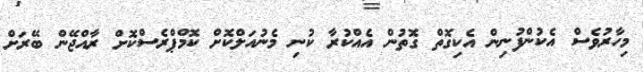
މިހާރުވެސް އެކުންފުނިން އެކިގޮތް ގޮތުން އެއްކުރާ ކުނި މެނުއަލްކޮށް ކޮމްޕްރެސްކޮށް ރާއްޖޭން ބޭރަށް